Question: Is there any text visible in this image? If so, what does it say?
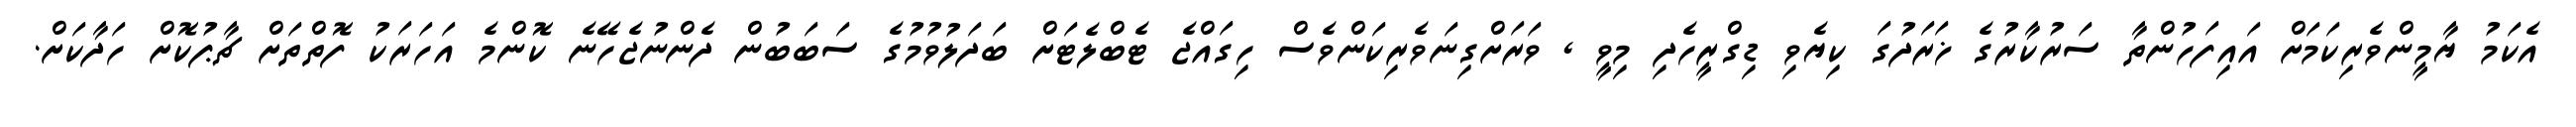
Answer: އެކަމު ޔާމީންވެރިކަމަށް އައިފަހުންތާ ސަރުކާރުގެ ޚަރަދުގަ ކިޔެވި ޑިގްރީހެދި މިވީ , ވަރަށްގިނަވެރިކަންވެސް ހިގައްޖެ ޓެބްލެޓަށް ބަދަލުވުމުގެ ސަބަބުން ދެންނުޖެހޭނެ ކޮންމެ އަހަރަކު ފޮތްތަށް ޗާޕުކޮށް ހަދާކަށް.